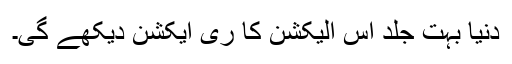
دنیا بہت جلد اس الیکشن کا ری ایکشن دیکھے گی۔